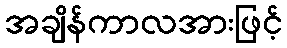
အချိန်ကာလအားဖြင့်